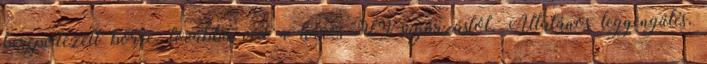
berepedezett bőrre, továbbá véd a káros UV-sugárzástól. Általános legyengülés,